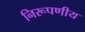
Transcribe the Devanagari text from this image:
निरूपणीय